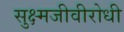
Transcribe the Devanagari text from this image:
सुक्ष्मजीवीरोधी